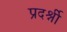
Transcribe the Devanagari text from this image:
प्रदर्श्नी